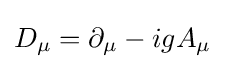
D_{\mu }=\partial _{\mu }-igA_{\mu }